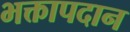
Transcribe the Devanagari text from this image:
भक्तापदान